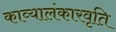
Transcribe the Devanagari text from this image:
काव्यालंकारवृति